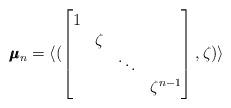
LaTeX: \begin{align*}\pmb{\mu}_n = \langle ( \begin{bmatrix} 1 & & & \\ & \zeta & & \\ & & \ddots & \\ & & & \zeta^{n-1} \end{bmatrix}, \zeta ) \rangle \end{align*}